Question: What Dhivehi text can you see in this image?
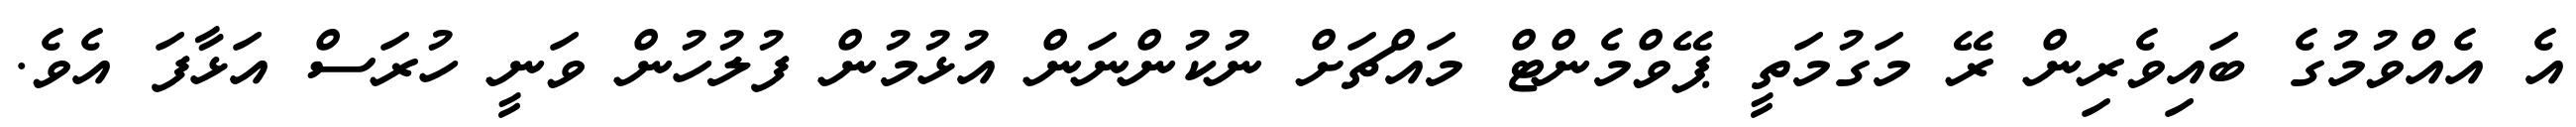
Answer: އެ އެއްވުމުގެ ބައިވެރިން ރޭ މަގުމަތީ ޕޭވްމެންޓް މައްޗަށް ނުކުންނަން އުޅުމުން ފުލުހުން ވަނީ ހުރަސް އަޅާފަ އެވެ.